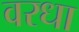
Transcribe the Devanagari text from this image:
वरधा